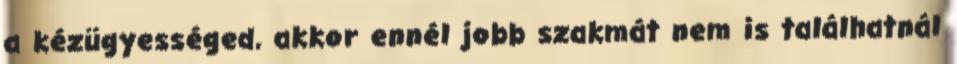
a kézügyességed, akkor ennél jobb szakmát nem is találhatnál